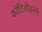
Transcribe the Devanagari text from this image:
कोटिलीडनेरी